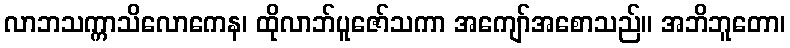
လာဘသက္ကာသိလောကေန၊ ထိုလာဘ်ပူဇော်သကာ အကျော်အစောသည်။ အဘိဘူတော၊